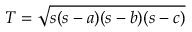
T = { \sqrt { s ( s - a ) ( s - b ) ( s - c ) } }